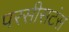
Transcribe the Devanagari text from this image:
परसीसटंस